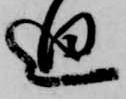
迫